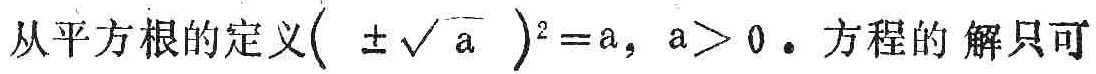
从平方根的定义\((\pm\sqrt{a})^2 = a, a > 0。方程的解只可\)